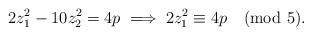
LaTeX: \begin{align*} 2z_{1}^{2} - 10 z_{2}^{2} = 4p \implies 2z_{1}^{2} \equiv 4p \pmod 5.\end{align*}